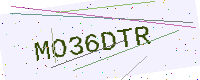
Text: MO36DTR